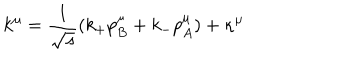
LaTeX: k ^ { \mu } = { \frac { 1 } { \sqrt s } } ( k _ { + } p _ { B } ^ { \mu } + k _ { - } p _ { A } ^ { \mu } ) + \kappa ^ { \mu }